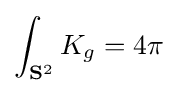
\int _{\mathbf {S} ^{2}}K_{g}=4\pi